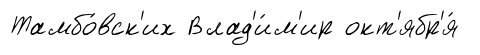
Тамбо́вск'их Влад'и́м'ир окт'ябр'я́